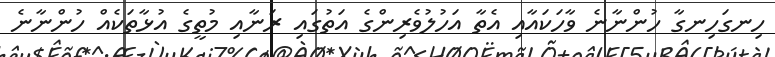
ހިނގަހިނގާ ހުންނާނެ ވާހަކައާއި އެތާ އަހުލުވެރިންގެ އަތުގައި ރަނާއި މުތީގެ އުޅާތަކެއް ހުންނާނެ